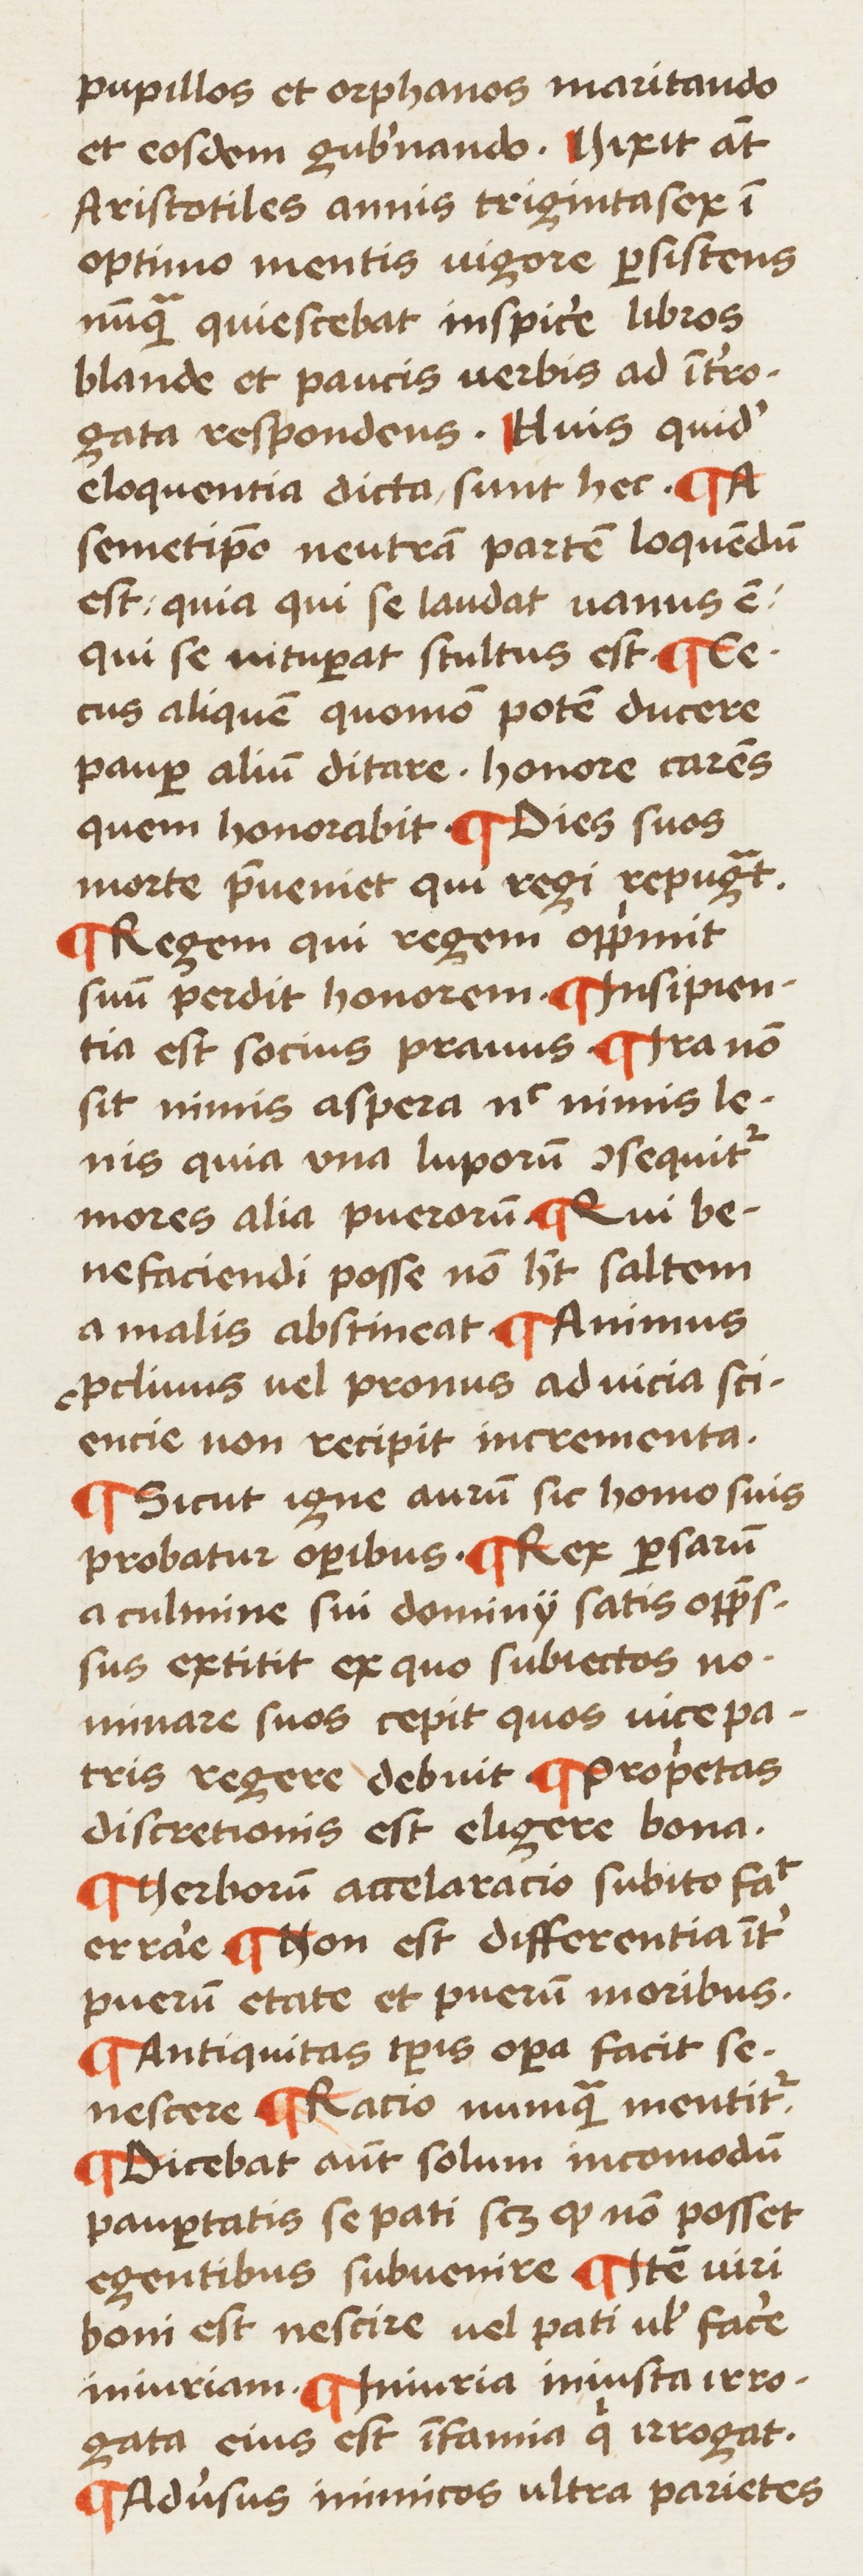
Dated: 1450–1474